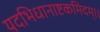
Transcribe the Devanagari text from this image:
यदभिधानाष्टकमिदम्।।